Civil Veterinary Department. Madras. Admin. report 1926-33 - 1926-1933
Year: 1926
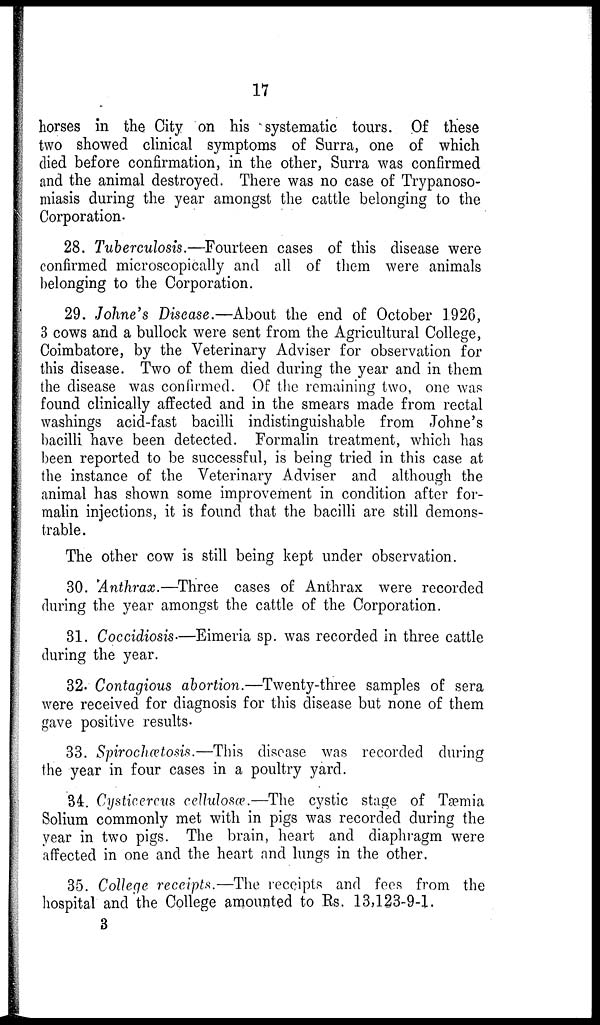
17
horses in the City on his systematic tours. Of these
two showed clinical symptoms of Surra, one of which
died before confirmation, in the other, Surra was confirmed
and the animal destroyed. There was no case of Trypanoso-
miasis during the year amongst the cattle belonging to the
Corporation.
28. Tuberculosis.—Fourteen cases of this disease were
confirmed microscopically and all of them were animals
belonging to the Corporation.
29. Johne's Disease.—About the end of October 1926,
3 cows and a bullock were sent from the Agricultural College,
Coimbatore, by the Veterinary Adviser for observation for
this disease. Two of them died during the year and in them
the disease was confirmed. Of the remaining two, one was
found clinically affected and in the smears made from rectal
washings acid-fast bacilli indistinguishable from Johne's
bacilli have been detected. Formalin treatment, which has
been reported to be successful, is being tried in this case at
the instance of the Veterinary Adviser and although the
animal has shown some improvement in condition after for-
malin injections, it is found that the bacilli are still demons-
trable.
The other cow is still being kept under observation.
30. Anthrax.—Three
cases of Anthrax were recorded
during the year amongst the cattle of the Corporation.
31. Coccidiosis.—Eimeria sp. was recorded in three cattle
during the year.
32. Contagious abortion.—Twenty-three samples of sera
were received for diagnosis for this disease but none of them
gave positive results.
33. Spirochætosis.—This disease was recorded during
the year in four cases in a poultry yard.
34. Cysticercus cellulosæ.—The cystic stage of Tæmia
Solium commonly met with in pigs was recorded during the
year in two pigs. The brain, heart and diaphragm were
affected in one and the heart and lungs in the other.
35. College receipts.—The receipts and fees from the
hospital and the College amounted to Rs. 13,123-9-1.
3